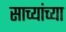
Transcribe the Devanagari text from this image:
साच्यांच्या